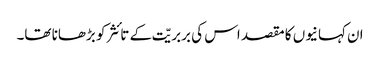
ان کہانیوں کا مقصد اس کی بربریّت کے تائثر کو بڑھانا تھا۔